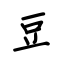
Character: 豆